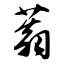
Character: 蓊